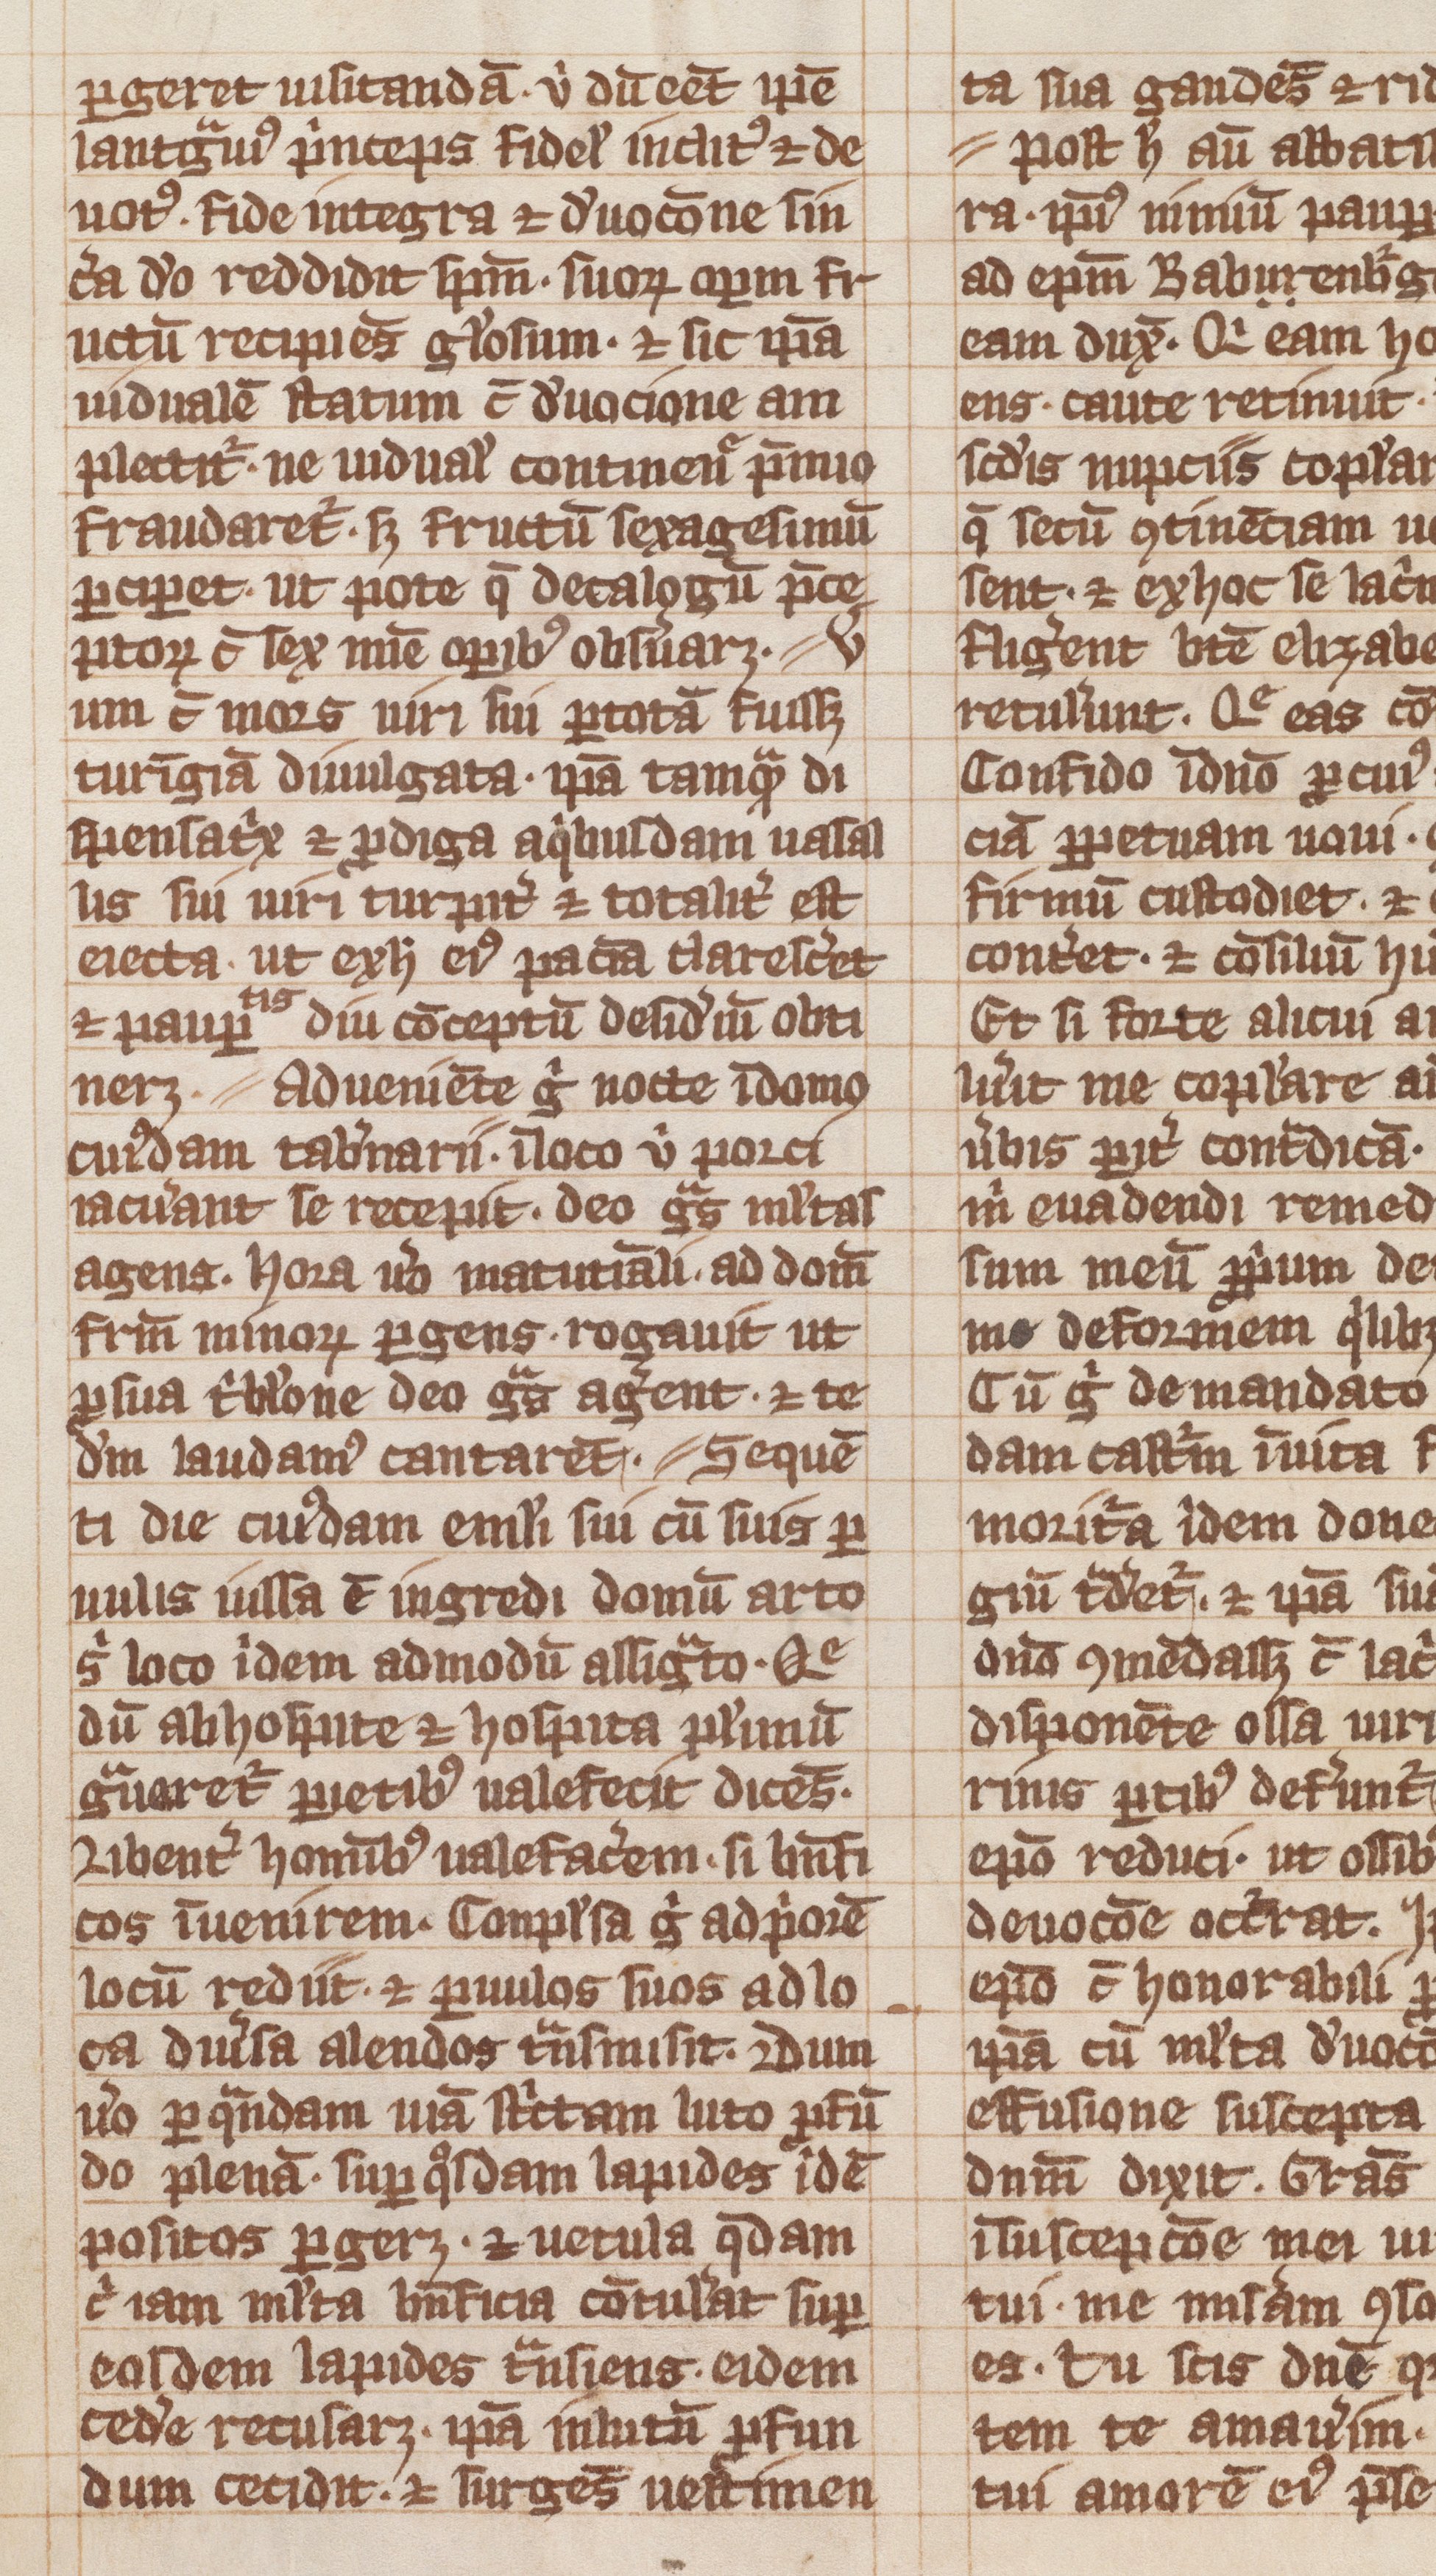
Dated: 1300–1399